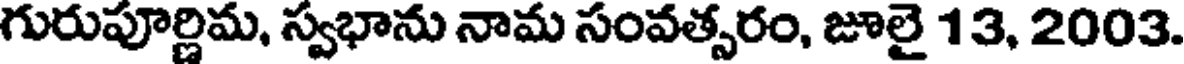
గురుపూర్ణిమ, స్వభాను నామ సంవత్సరం, జూలై 13, 2003.